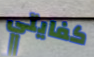
كفايتي